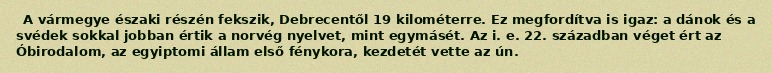
A vármegye északi részén fekszik, Debrecentől 19 kilométerre. Ez megfordítva is igaz: a dánok és a svédek sokkal jobban értik a norvég nyelvet, mint egymásét. Az i. e. 22. században véget ért az Óbirodalom, az egyiptomi állam első fénykora, kezdetét vette az ún.